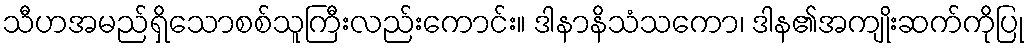
သီဟအမည်ရှိသောစစ်သူကြီးလည်းကောင်း။ ဒါနာနိသံသကော၊ ဒါန၏အကျိုးဆက်ကိုပြု